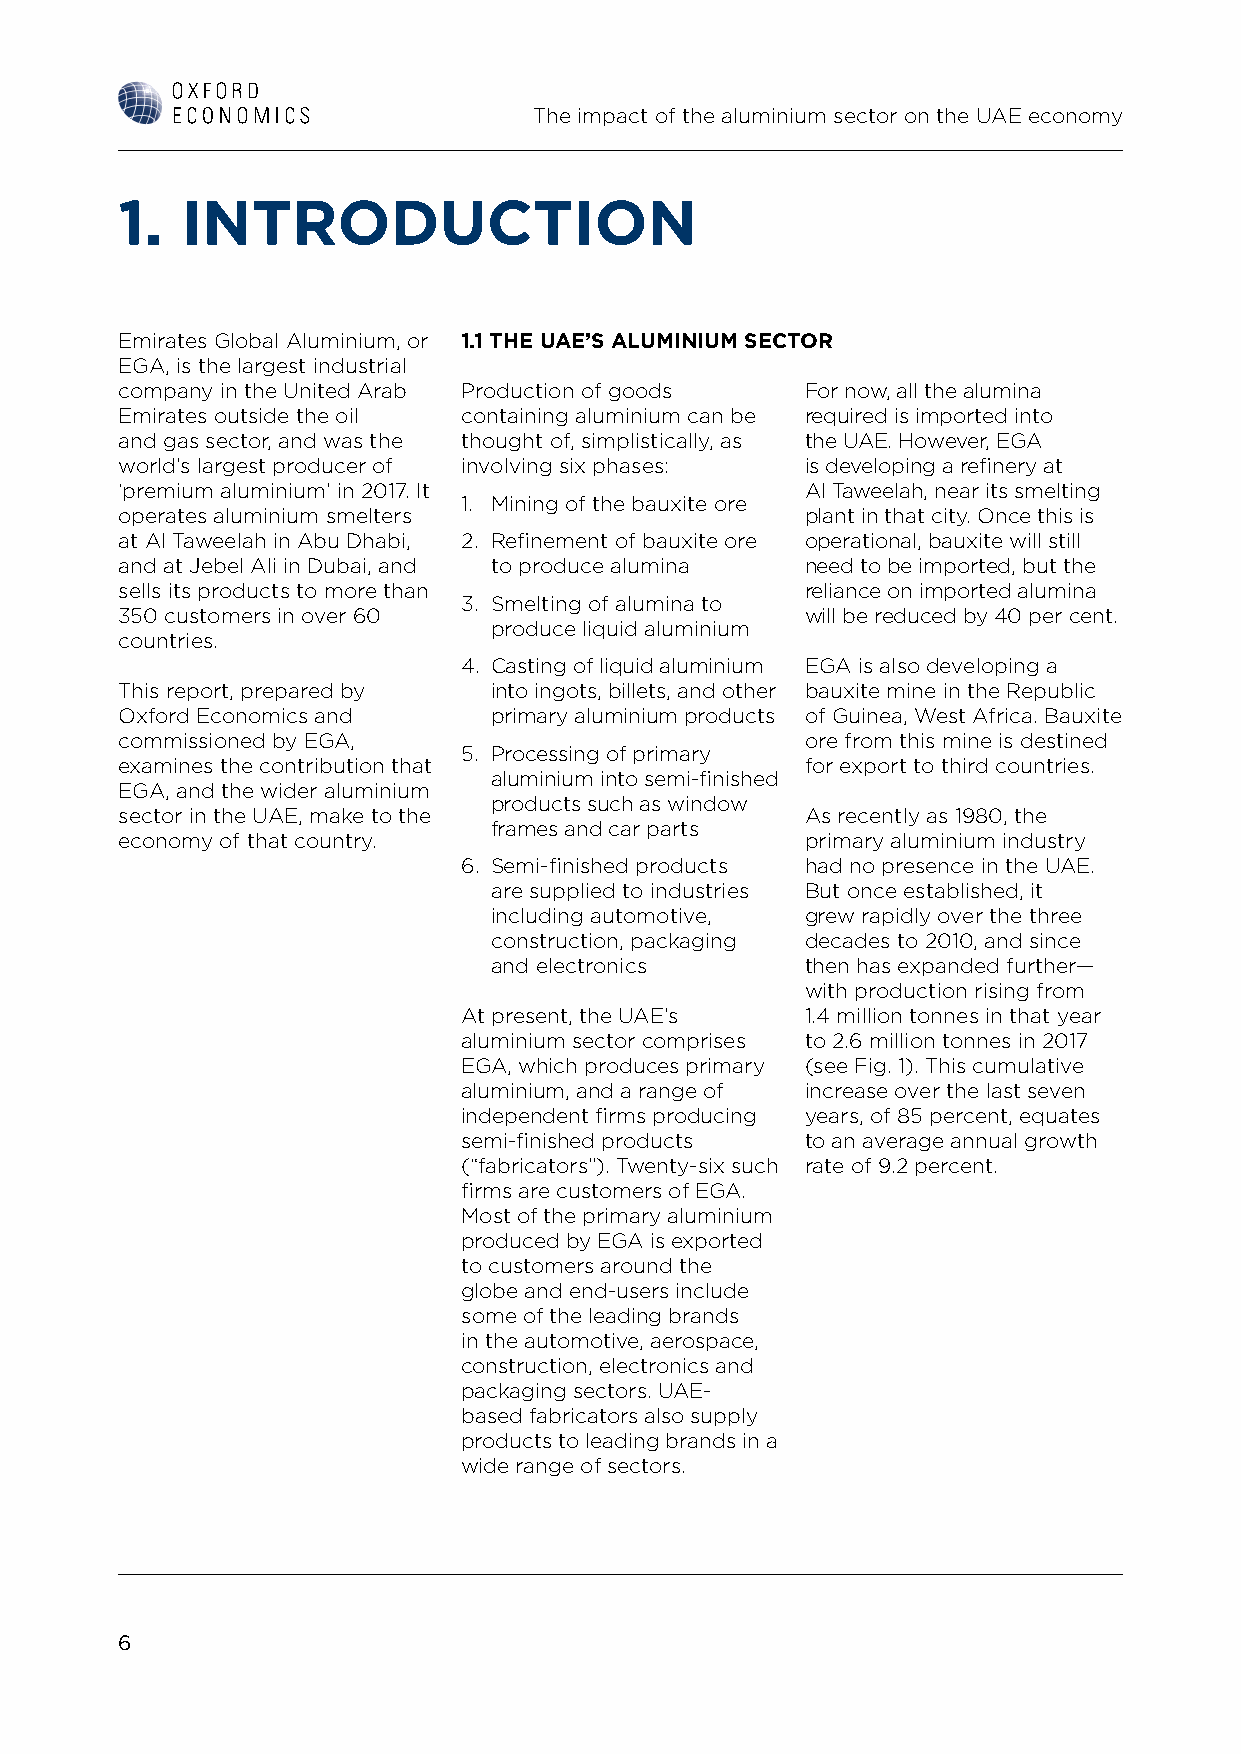
The impact of the aluminium sector on the UAE economy
 1.  INTRODUCTION
 Emirates Global Aluminium, or 1.1 THE UAE’S ALUMINIUM SECTOR
 EGA, is the largest industrial
 company in the United Arab Production of goods For now, all the alumina
 Emirates outside the oil containing aluminium can be required is imported into
 and gas sector, and was the thought of, simplistically, as the UAE. However, EGA
 world’s largest producer of involving six phases: is developing a refinery at
 ‘premium aluminium’ in 2017. It              Al Taweelah, near its smelting
 1. Mining of the bauxite ore
 operates aluminium smelters                  plant in that city. Once this is
 at Al Taweelah in Abu Dhabi, 2. Refinement of bauxite ore operational, bauxite will still
 and at Jebel Ali in Dubai, and to produce alumina need to be imported, but the
 sells its products to more than              reliance on imported alumina
 3. Smelting of alumina to
 350 customers in over 60                     will be reduced by 40 per cent.
 produce liquid aluminium
 countries.
 4. Casting of liquid aluminium EGA is also developing a
 This report, prepared by into ingots, billets, and other bauxite mine in the Republic
 Oxford Economics and    primary aluminium products of Guinea, West Africa. Bauxite
 commissioned by EGA,                         ore from this mine is destined
 5. Processing of primary
 examines the contribution that               for export to third countries.
 aluminium into semi-finished
 EGA, and the wider aluminium
 products such as window
 sector in the UAE, make to the               As recently as 1980, the
 frames and car parts
 economy of that country.                     primary aluminium industry
 6. Semi-finished products had no presence in the UAE.
 are supplied to industries But once established, it
 including automotive, grew rapidly over the three
 construction, packaging decades to 2010, and since
 and electronics      then has expanded further—
 with production rising from
 At present, the UAE’s 1.4 million tonnes in that year
 aluminium sector comprises to 2.6 million tonnes in 2017
 EGA, which produces primary (see Fig. 1). This cumulative
 aluminium, and a range of increase over the last seven
 independent firms producing years, of 85 percent, equates
 semi-finished products to an average annual growth
 (“fabricators”). Twenty-six such rate of 9.2 percent.
 firms are customers of EGA.
 Most of the primary aluminium
 produced by EGA is exported
 to customers around the
 globe and end-users include
 some of the leading brands
 in the automotive, aerospace,
 construction, electronics and
 packaging sectors. UAE-
 based fabricators also supply
 products to leading brands in a
 wide range of sectors.
 6